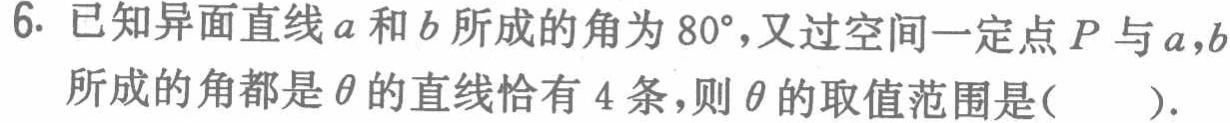
6. 已知异面直线\(a\)和\(b\)所成的角为\(80^{\circ}\)，又过空间一定点\(P\)与\(a,b\)所成的角都是\(\theta\)的直线恰有\(4\)条，则\(\theta\)的取值范围是( ).